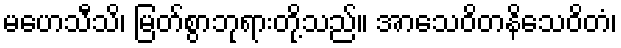
မဟေသီသိ၊ မြတ်စွာဘုရားတို့သည်။ အာသေဝိတနိသေဝိတံ၊